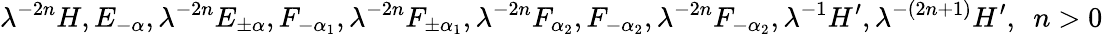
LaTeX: \lambda^{-2n}H,E_{-\alpha},\lambda^{-2n}E_{\pm\alpha},F_{-\alpha_{1}},\lambda^{-2n}F_{\pm\alpha_{1}},\lambda^{-2n}F_{\alpha_{2}},F_{-\alpha_{2}},\lambda^{-2n}F_{-\alpha_{2}},\lambda^{-1}H^{\prime},\lambda^{-(2n+1)}H^{\prime},~~n>0